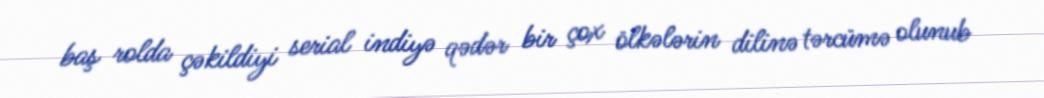
baş rolda çəkildiyi serial indiyə qədər bir çox ölkələrin dilinə tərcümə olunub